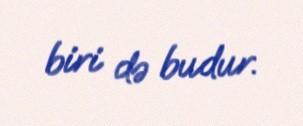
biri də budur.